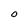
Character: 0